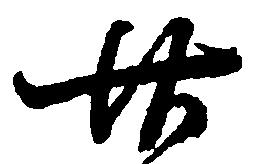
廿